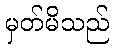
မှတ်မိသည်